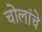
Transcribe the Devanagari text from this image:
चोलांचे